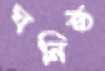
ঘনিষ্ঠ